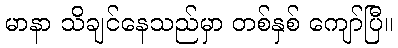
မာနာ သိချင်နေသည်မှာ တစ်နှစ် ကျော်ပြီ။